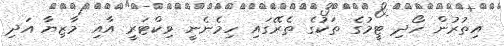
އިތުރުން ހޯދި ޓީމުގެ ތަކުގެ ތެރޭގައި ހިމެނެނީ ވިކްޓަރީ އާއި މާޒިޔާ އަދި